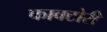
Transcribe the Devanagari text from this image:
फाक्टोरी